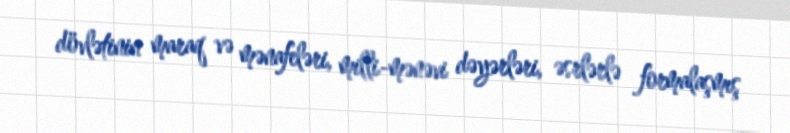
dövlətinin maraq və mənafeləri, milli-mənəvi dəyərləri, əsrlərlə formalaşmış